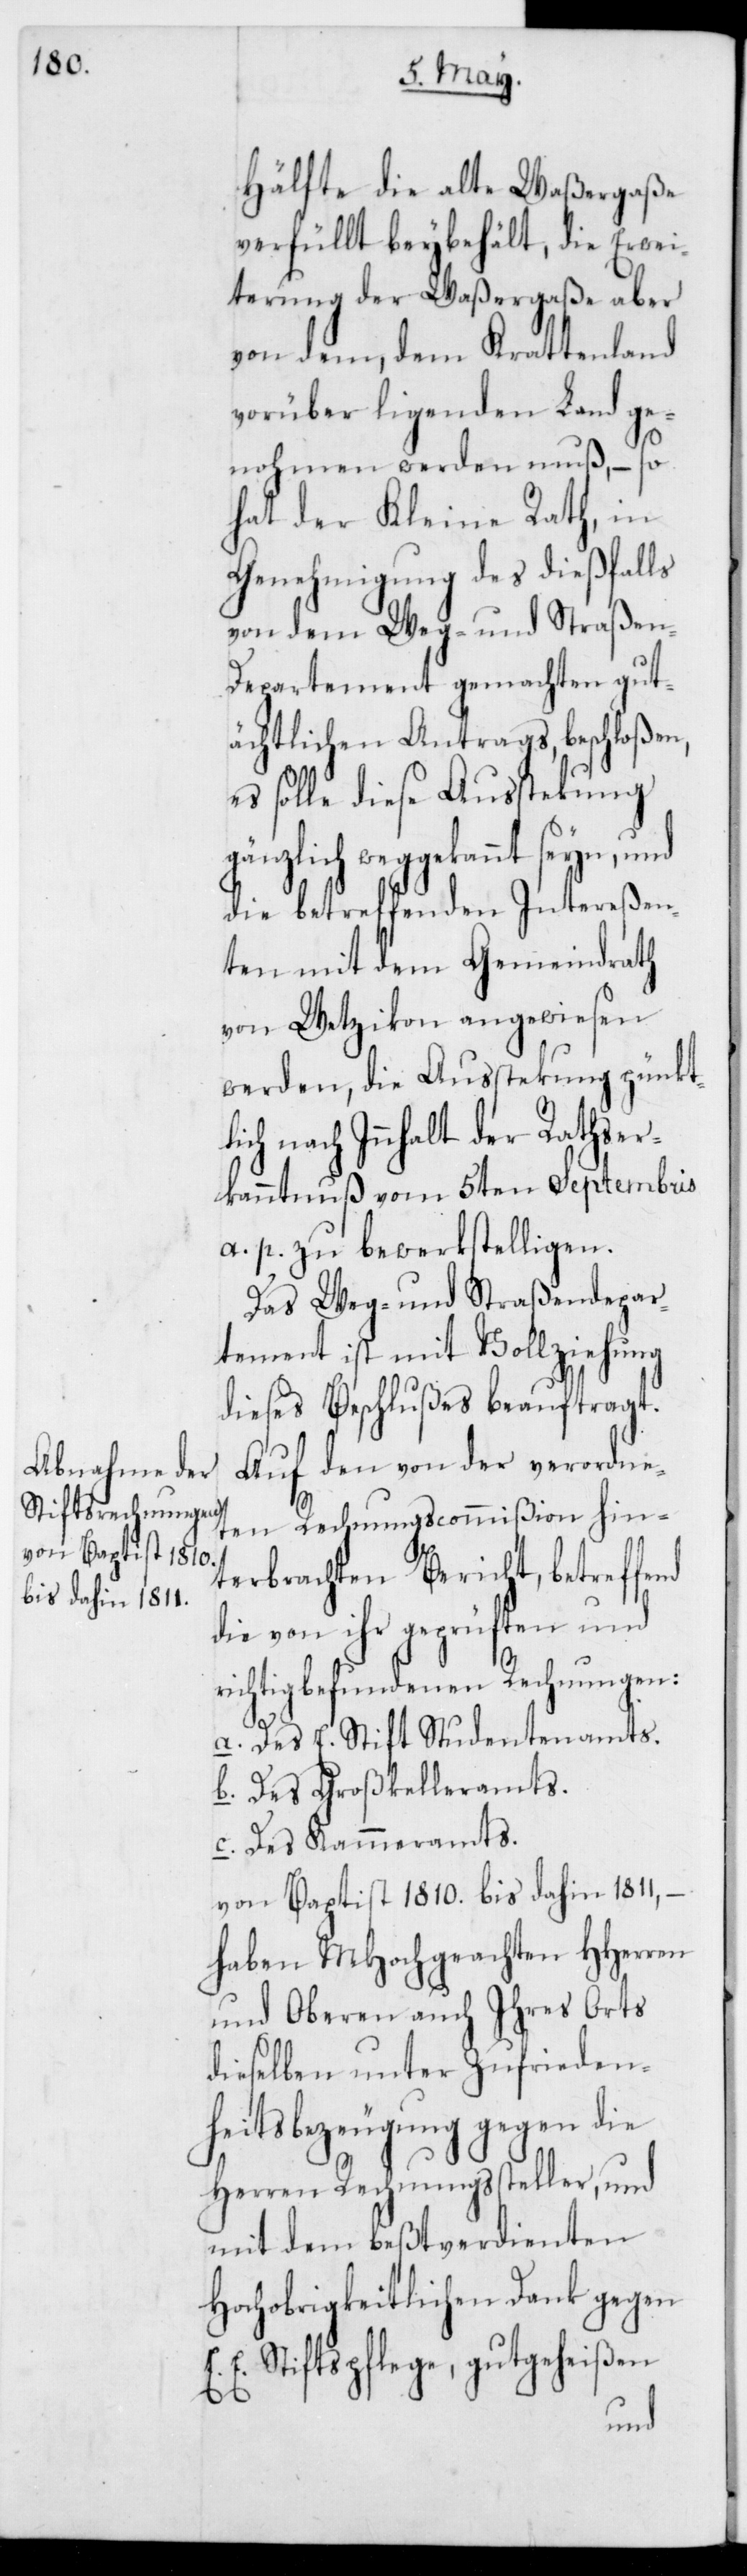
Hälfte die alte Waßergaße
verfüllt beybehält, die Erwei¬
terung der Waßergaße aber
von dem, dem Krattenland
vorüber ligenden Land ge¬
nohmen werden muß, – so
hat der Kleine Rath, in
Genehmigung des dießfalls
von dem Weg- und Straßen-D¬
epartement gemachten gut¬
ächtlichen Antrags beschloßen,
es solle diese Aussteckung
gänzlich weggekannt seyn, und
die betreffenden Intereßen¬
ten mit dem Gemeindrath
von Wetzikon angewiesen
werden, die Aussteckung pünkt¬
ich nach Innhalt der Rathser¬
kanntnuß vom 5ten Septembris
a. p. zu bewerkstelligen.
Das Weg- und Straßendepar¬
tement ist mit Vollziehung
dieses Beschlußes beauftragt.
Auf den von der verordne¬
ten Rechnungscommißion hin¬
terbrachten Bericht, betreffend
die von ihr geprüften und
richtigbefundenden Rechnungen:
l¬
a. Des E. Stift Studentenamts.
b. Des Großkelleramts.
c. Des Kammeramts.
von Baptist 1810. bis dahin 1811, –
haben MHochgeachten HHerren
und Oberen auch Ihres Orts
dieselben unter Zufrieden¬
heitsbezeugung gegen die
Herren Rechnungssteller, und
mit dem beßtverdienten
Hochobrigkeitlichen Dank gegen
E. Stiftspflege, gutgeheißen
E.